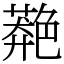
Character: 䒎